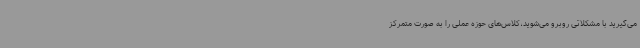
می‌گیرید با مشکلاتی روبرو می‌شوید،کلاس‌های حوزه عملی را به صورت متمرکز